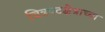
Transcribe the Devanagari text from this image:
चित्रपटक्षेत्राच्या